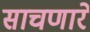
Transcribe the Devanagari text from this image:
साचणारे